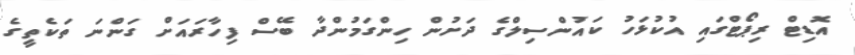
އޮޑިޓް ރިޕޯޓްގައި އުކުޅަހު ކައުންސިލްގެ ދަށުން ހިންގަމުންދާ ބޭސް ފިހާރައަށް ގަންނަ ތަކެތީގެ